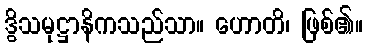
ဒွိသမုဋ္ဌာနိကသည်သာ။ ဟောတိ၊ ဖြစ်၏။